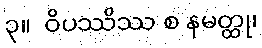
၃။  ဝိပဿိဿ စ နမတ္ထု၊